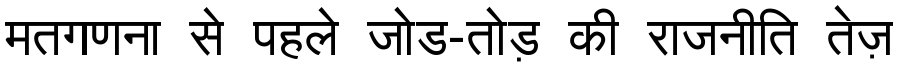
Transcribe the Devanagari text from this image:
मतगणना से पहले जोड-तोड़ की राजनीति तेज़